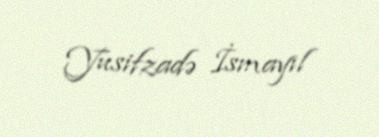
Yusifzadə İsmayıl